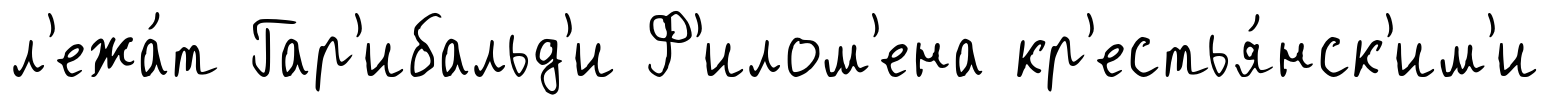
л'ежа́т Гар'ибальд'и Ф'илом'ена кр'естья́нск'им'и